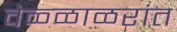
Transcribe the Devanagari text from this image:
वेळ्ळाळरांत